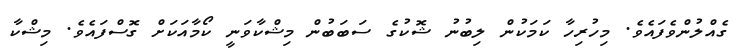
ގެއްލުންވެފައެވެ. މިހުރިހާ ކަމަކުން ލިބުނު ޝޮކުގެ ސަބަބުން މިޝްކާވަނީ ކޯމާއަކަށް ގޮސްފައެވެ. މިޝްކާ